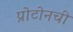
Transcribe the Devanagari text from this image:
प्रोटोनची